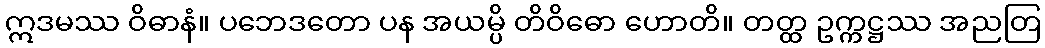
ဣဒမဿ ဝိဓာနံ။ ပဘေဒတော ပန အယမ္ပိ တိဝိဓော ဟောတိ။ တတ္ထ ဥက္ကဋ္ဌဿ အညတြ